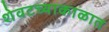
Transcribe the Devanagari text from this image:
शेवटच्याकाळात